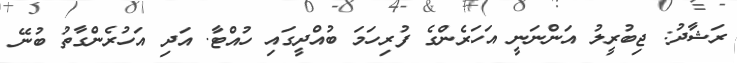
ރަޝާދު: ޖިބުރީލު އަންނަނީ އަހަރެންގެ ފުރިހަމަ ބުއްދީގައި ހުއްޓާ. އަދި އަހުރެންގާތު ބުނޭ